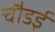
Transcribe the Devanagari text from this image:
चौडई